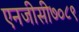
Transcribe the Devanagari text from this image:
एनजीसी७०८९